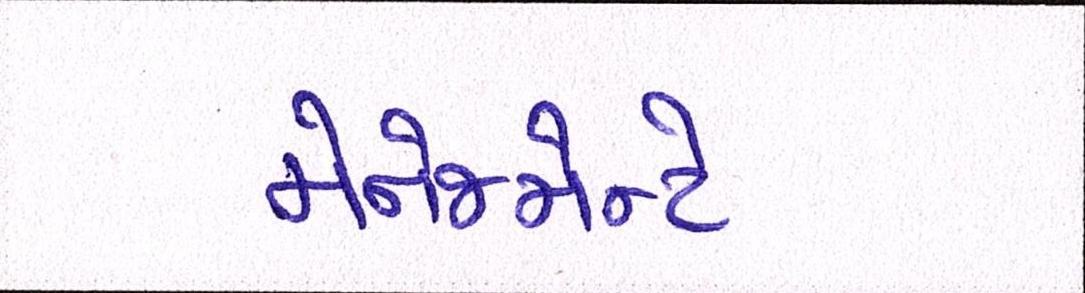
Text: મૅનેજમેન્ટે